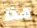
هذا